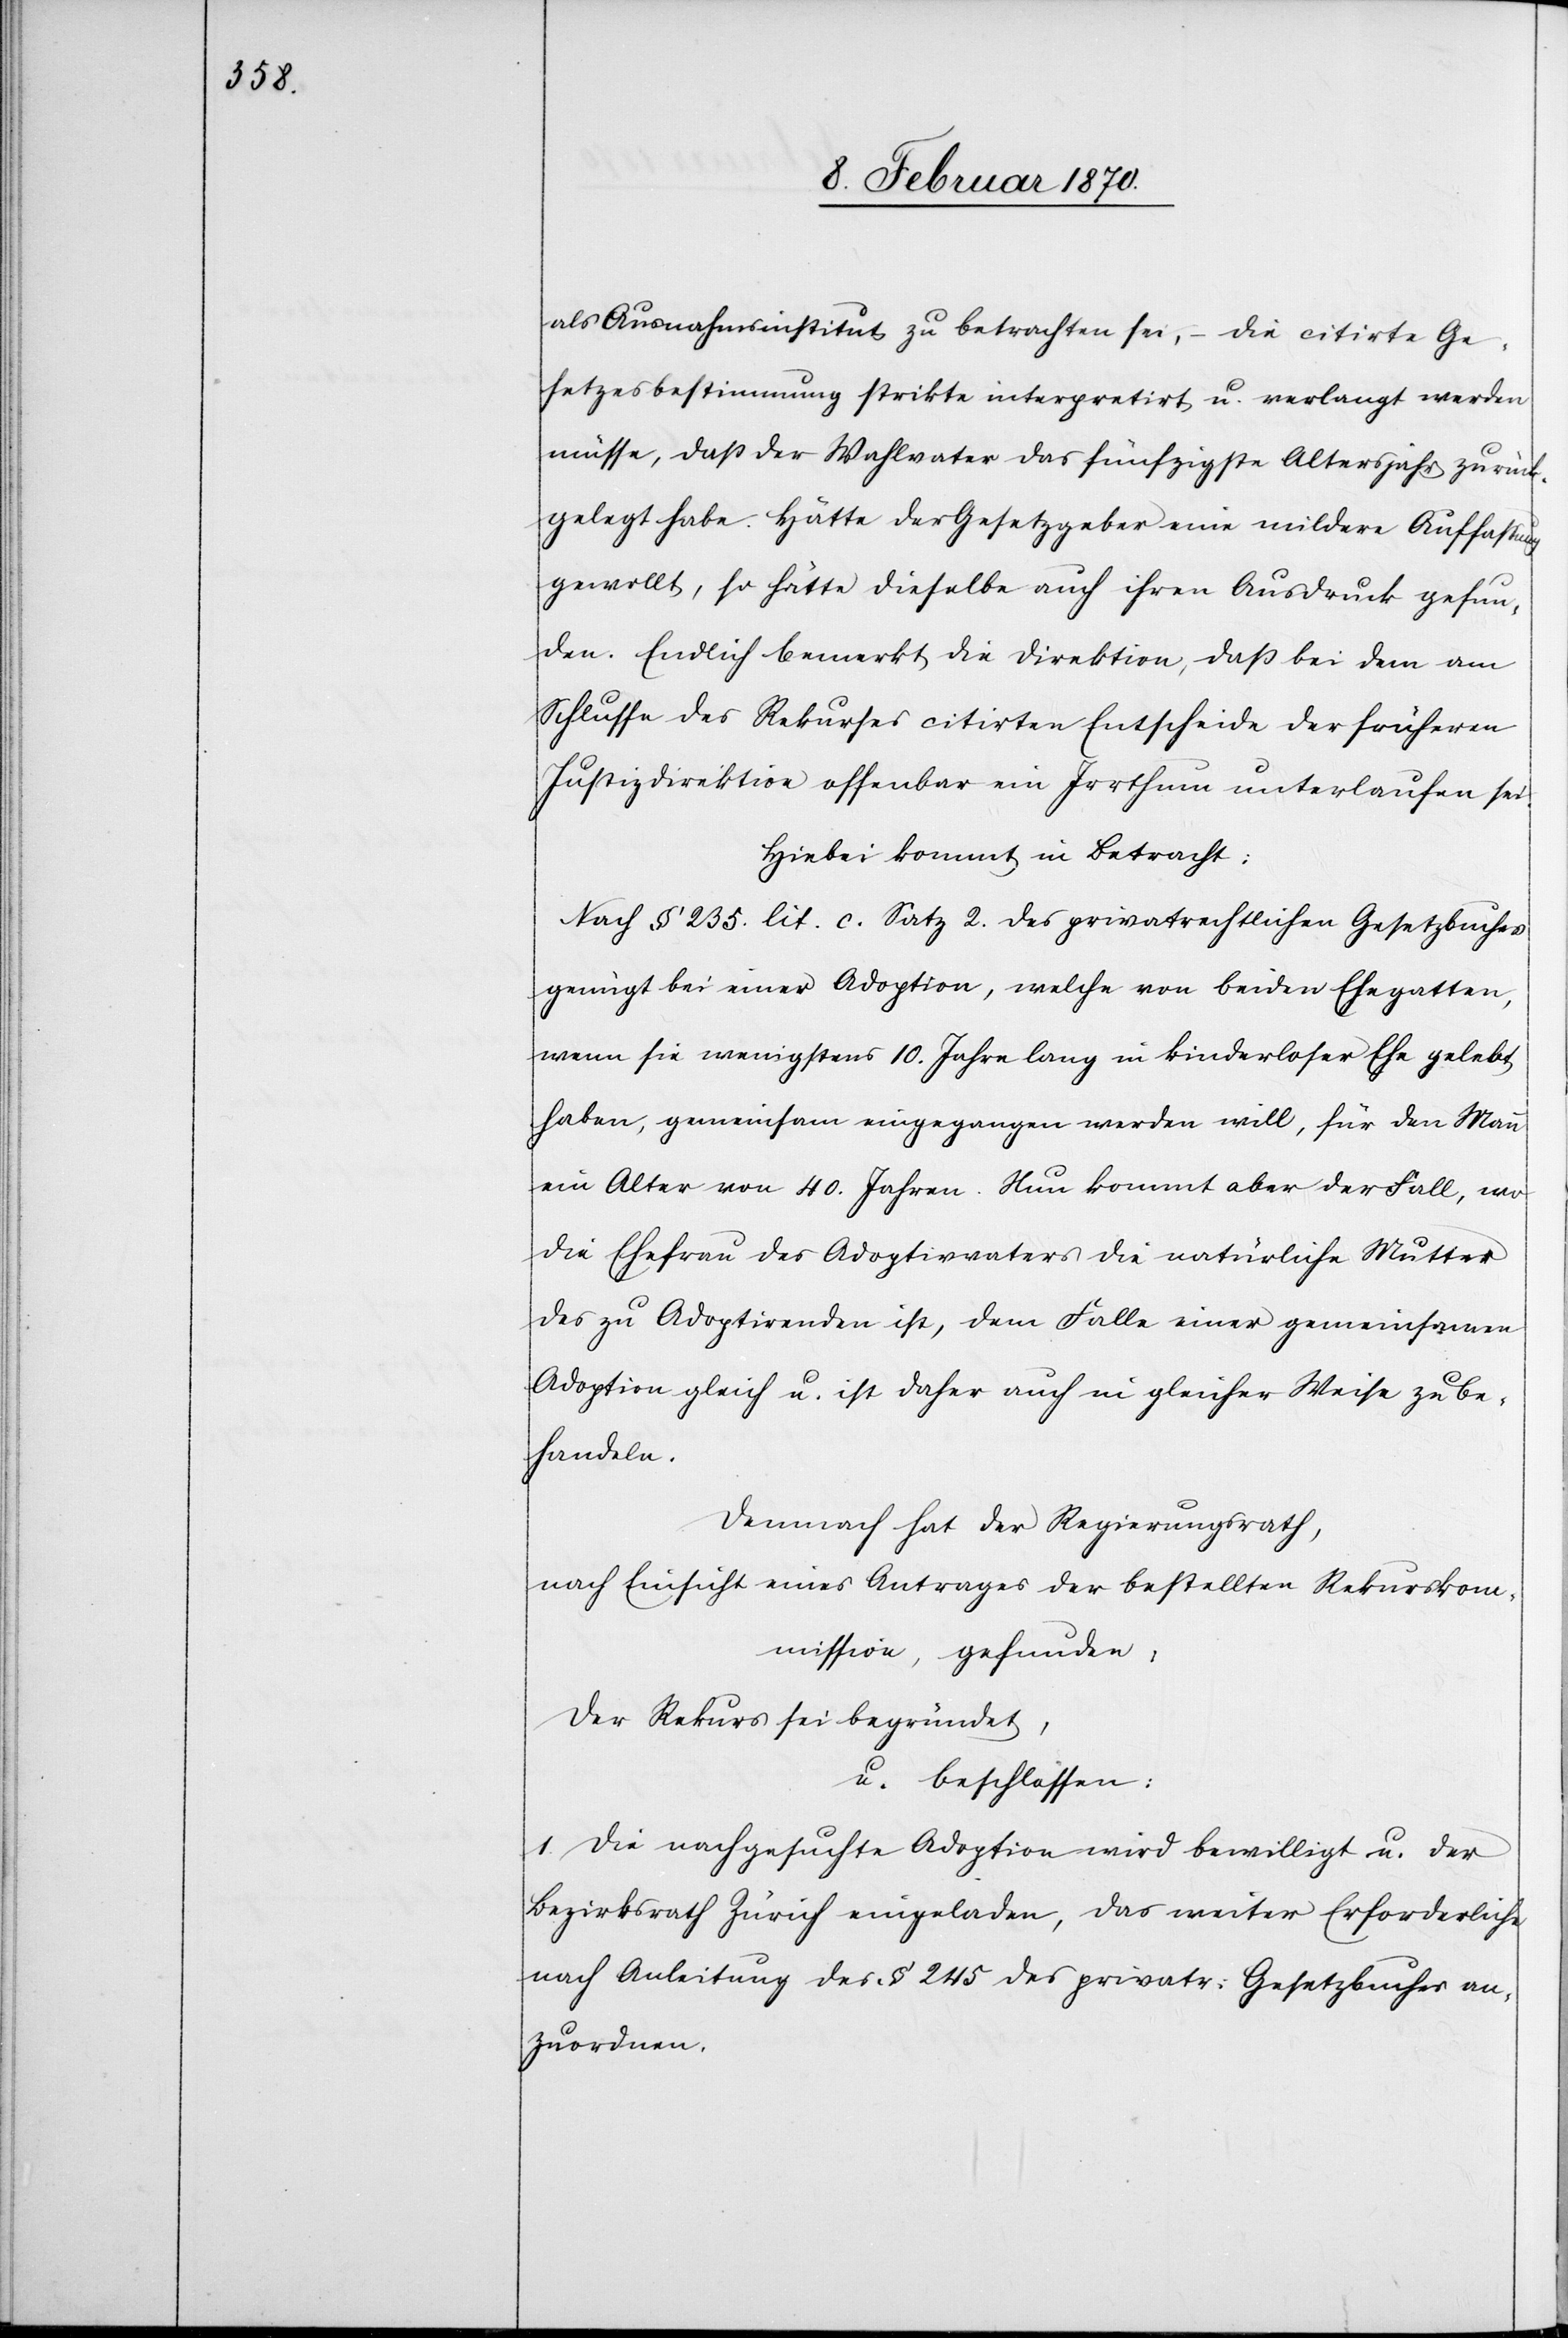
als Ausnahmsinstitut zu betrachten sei, – die citirte Ge¬
setzesbestimmung strikte interpretirt u. verlangt werden
müsse, daß der Wahlvater das fünfzigste Altersjahr zurück¬
gelegt habe. Hätte der Gesetzgeber eine mildere Auffassung
gewollt, so hätte dieselbe auch ihren Ausdruck gefun¬
den. Endlich bemerkt die Direktion, daß bei dem am
Schlusse des Rekurses citirten Entscheide der früheren
Justizdirektion offenbar ein Irrthum unterlaufen sei.
Hiebei kommt in Betracht:
Nach § 235. lit. c. Satz 2. des privatrechtlichen Gesetzbuches
genügt bei einer Adoption, welche von beiden Ehegatten,
wenn sie wenigstens 10. Jahre lang in kinderloser Ehe gelebt
haben, gemeinsam eingegangen werden will, für den Mann
ein Alter von 40. Jahren. Nun kommt aber der Fall, wo
die Ehefrau des Adoptivvaters die natürliche Mutter
des zu Adoptirenden ist, dem Falle einer gemeinsamen
Adoption gleich u. ist daher auch in gleicher Weise zu be¬
handeln.
Demnach hat der Regierungsrath,
nach Einsicht eines Antrages der bestellten Rekurskom¬
mission, gefunden:
Der Rekurs sei begründet,
u. beschlossen:
1. Die nachgesuchte Adoption wird bewilligt u. der
Bezirksrath Zürich eingeladen, das weiter Erforderliche
nach Anleitung des § 245 des privatr: Gesetzbuches an¬
zuordnen.